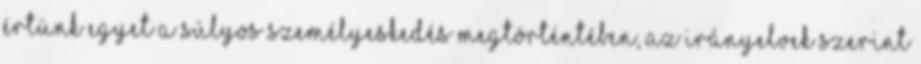
értünk egyet a súlyos személyeskedés megtörténtében, az irányelvek szerint